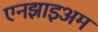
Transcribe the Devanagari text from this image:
एनझाइअम